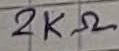
Text: 2KΩ